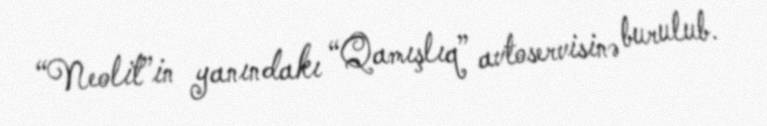
“Neolit”in yanındakı “Qamışlıq” avtoservisinə burulub.